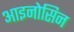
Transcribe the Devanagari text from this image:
आइनोसिन